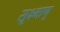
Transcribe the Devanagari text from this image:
सूक्ष्माणु